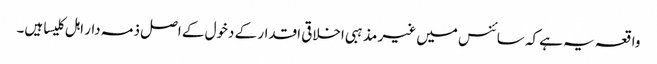
واقعہ یہ ہے کہ سائنس میں غیر مذہبی اخلاقی اقدار کے دخول کے اصل ذمہ دار اہل کلیسا ہیں۔